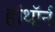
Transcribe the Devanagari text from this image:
हॉथॉर्न